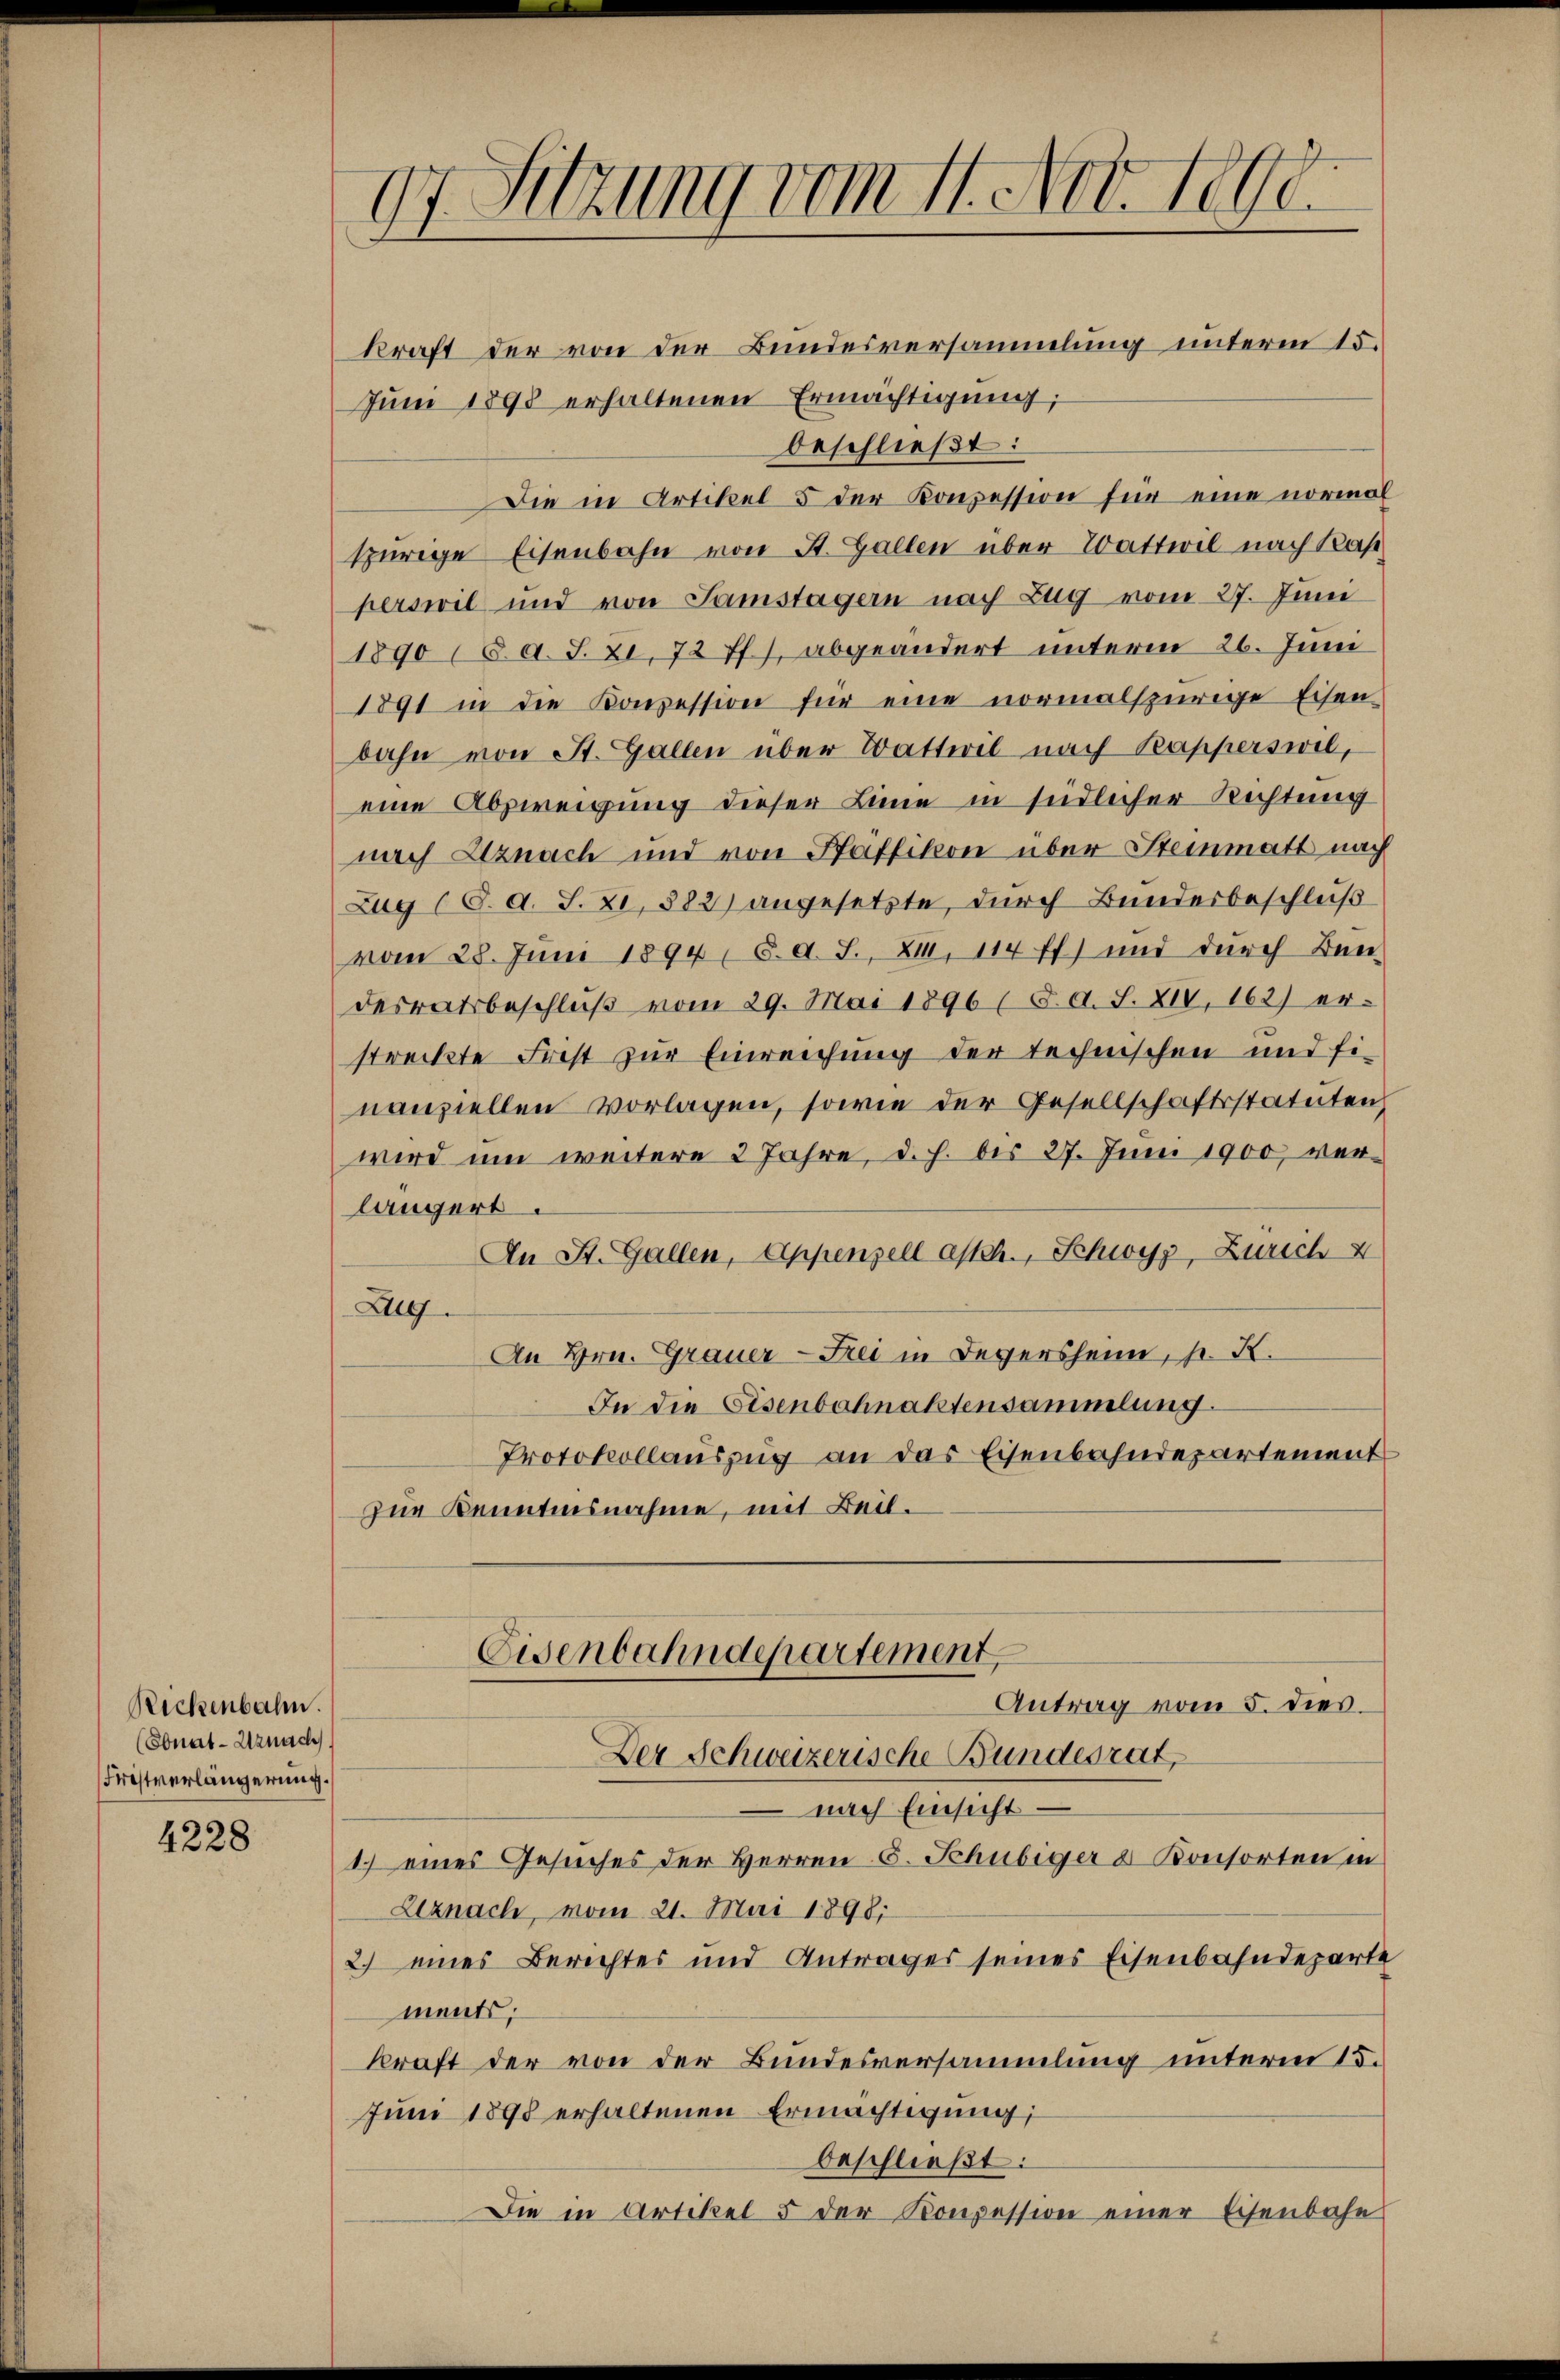
Reckenbahn.
(Sonat-Uznach
Fristverlängerung.

4228

kraft der von der Bundesversammlung unterm 15.
Jŭni 1898 erhaltenen Ermächtigŭng:
beschließt:
Die in Artikel 5 der Konzession für eine normal
spurige Eisenbahn von St. Gallen über Wattwil nach Kas
perswil und von Samstagern nach Zug vom 27. Juni
1890 (d. A. S. 21, 72 ff.), abgeändert unterm 26. Juni
1891 in die Konzession für eine normalspurige Eisen-
bahn von St. Gallen über Wattwil nach Kapperswil,
eine Abzweigung dieser Linie in südlicher Richtung
nach Uznach und von Pfäffikon über Steinmatt nach
Zug (S. d. S. 21, 882) angesetzte, durch Bundesbeschluß
vom 28. Juni 1894, 8. d. J., XII. 114 ff.) und durch Ben
desratsbeschlŭβ vom 29. Mai 1896 (8. d. S. XIV, 162) er-
streckte Frest zur Einreichung der technischen und fi-
nanziellen vorlagen, sowie der Gesellschaftsstatuten
wird um weitere 2 Jahre, d. h. bis 27. Juni 1900, verlängert.
An St. Gallen, Appenzell asch., Schwyz, Zürich 4
Alg.
An Hrn. Grauer-Frei in Begersheim, s. K.
In die Eisenbahnaktensammlung.
Protokollaŭszŭg an das Eisenbahndepartement
zur Kenntnisnahme, mit Beil.

97. Sitzung vom 11. Nov. 1890.

Der Schweizerische Bundesrat,
 nach Einsicht
1.) eines Gesuches der Herren S. Schubiger & Konsorten in
Uznach, vom 21. Mai 1898.
2.) eines Berichter und Antrages seines Eisenbahndeparte
ments;
kraft der von der Bundesversammlung unterm 15.
Jŭni 1898 erhaltenen Ermächtigung;
beschließt:
Die in Artikel 5 der Konzession einer Eisenbahn

Eisenbahndepartement
Antrag vom 5. dies